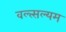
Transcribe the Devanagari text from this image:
वल्त्सल्यम